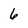
Character: 6